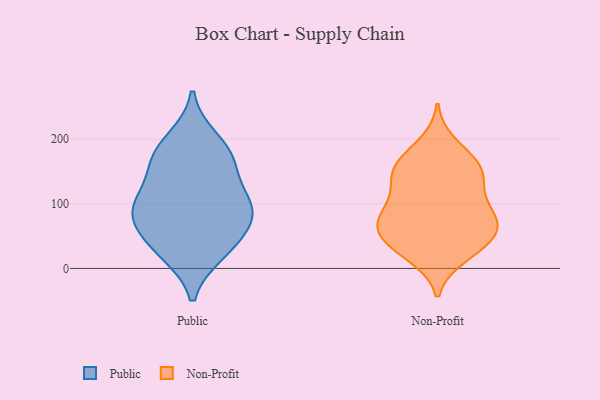
{"axis": {"x": "Waste Production (Tons)", "y": "Value"}, "legend": ["Non-Profit", "Public"], "data": [{"x": "", "y": 85, "type": "Public"}, {"x": "", "y": 170, "type": "Public"}, {"x": "", "y": 173, "type": "Public"}, {"x": "", "y": 108, "type": "Public"}, {"x": "", "y": 154, "type": "Public"}, {"x": "", "y": 199, "type": "Public"}, {"x": "", "y": 25, "type": "Public"}, {"x": "", "y": 97, "type": "Public"}, {"x": "", "y": 47, "type": "Public"}, {"x": "", "y": 91, "type": "Public"}, {"x": "", "y": 82, "type": "Public"}, {"x": "", "y": 30, "type": "Public"}, {"x": "", "y": 25, "type": "Non-Profit"}, {"x": "", "y": 32, "type": "Non-Profit"}, {"x": "", "y": 71, "type": "Non-Profit"}, {"x": "", "y": 146, "type": "Non-Profit"}, {"x": "", "y": 168, "type": "Non-Profit"}, {"x": "", "y": 136, "type": "Non-Profit"}, {"x": "", "y": 49, "type": "Non-Profit"}, {"x": "", "y": 59, "type": "Non-Profit"}, {"x": "", "y": 141, "type": "Non-Profit"}, {"x": "", "y": 149, "type": "Non-Profit"}, {"x": "", "y": 93, "type": "Non-Profit"}, {"x": "", "y": 163, "type": "Non-Profit"}, {"x": "", "y": 192, "type": "Non-Profit"}, {"x": "", "y": 19, "type": "Non-Profit"}, {"x": "", "y": 68, "type": "Non-Profit"}, {"x": "", "y": 54, "type": "Non-Profit"}, {"x": "", "y": 71, "type": "Non-Profit"}, {"x": "", "y": 100, "type": "Non-Profit"}, {"x": "", "y": 94, "type": "Non-Profit"}]}